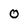
Character: O